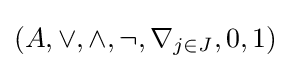
(A,\vee ,\wedge ,\neg ,\nabla _{j\in J},0,1)